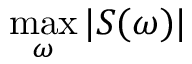
\operatorname* { m a x } _ { \omega } | S ( \omega ) |